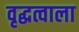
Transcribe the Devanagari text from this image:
वृद्धत्वाला